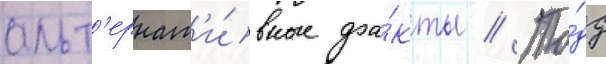
альт'ернат'и́вные фа́кты // То́дд